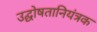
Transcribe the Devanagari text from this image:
उद्घोषतानियंत्रक